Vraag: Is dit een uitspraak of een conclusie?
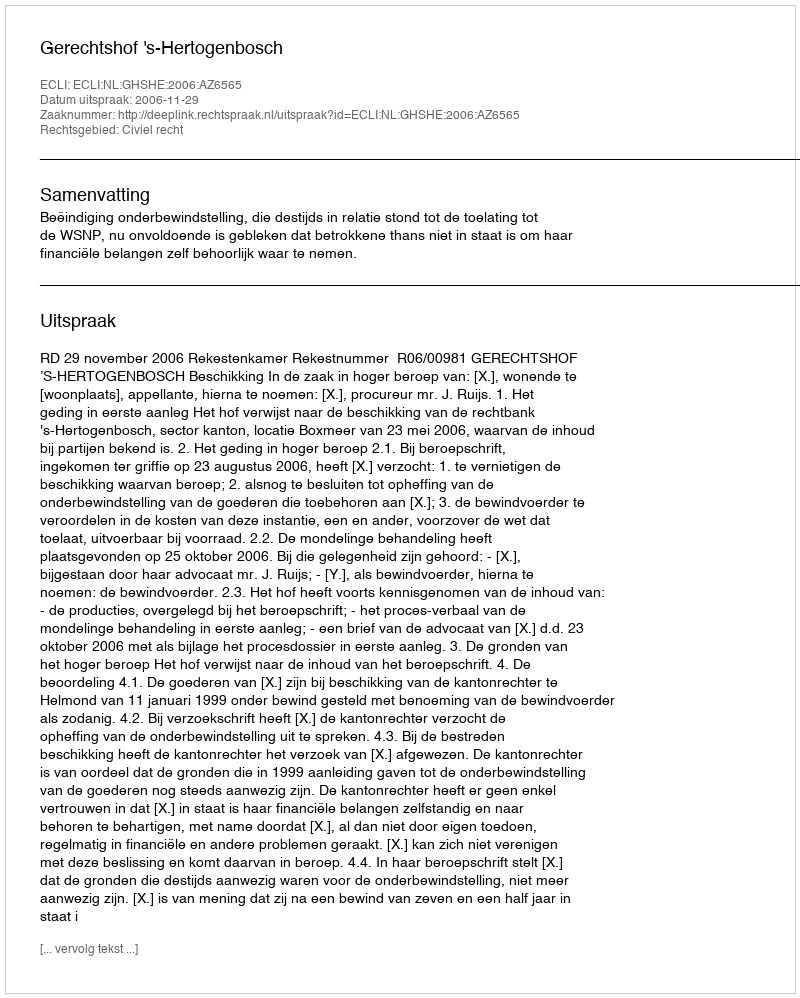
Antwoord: Uitspraak